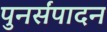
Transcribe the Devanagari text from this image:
पुनर्संपादन